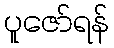
ပူဇော်ရန်